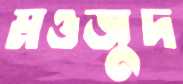
মওজুদ